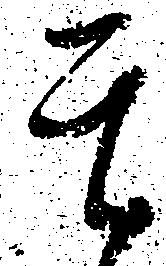
其